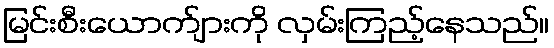
မြင်းစီးယောက်ျားကို လှမ်းကြည့်နေသည်။